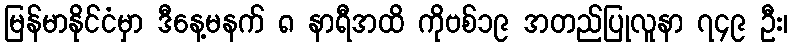
မြန်မာနိုင်ငံမှာ ဒီနေ့မနက် ၈ နာရီအထိ ကိုဗစ်၁၉ အတည်ပြုလူနာ ၇၄၉ ဦး၊